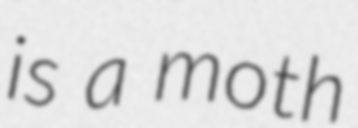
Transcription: is a moth